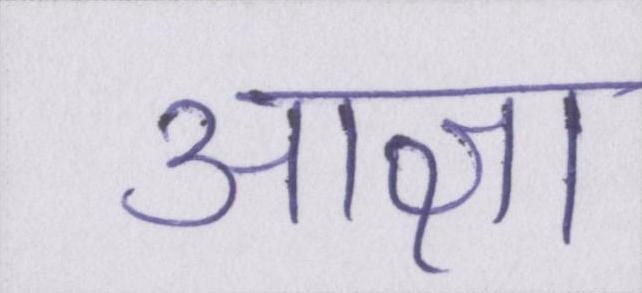
आज्ञा